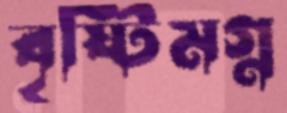
বৃষ্টিমগ্ন